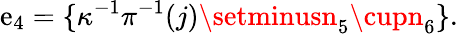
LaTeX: \mathrm{e}_{4}=\{ \kappa^{-1}\pi^{-1}(j)\setminusn_{5}\cupn_{6}\} .